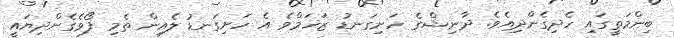
ބިންމަތީގައި ހެދިގެންދިއެވެ. ދާނިޝްގެ ހަށިގަނޑު ޒަޚަމްވެެ އެ ހަށިގަނޑު ލެއިން ތެމި ފޯވެގެންދިޔައީ